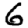
Digit: 6